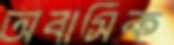
অবাসিক